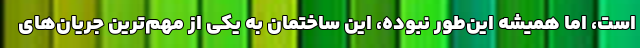
است، اما همیشه این‌طور نبوده، این ساختمان به یکی از مهم‌ترین جریان‌های